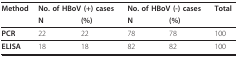
| Method | <COLSPAN=2> No. of HBoV (+) cases | <COLSPAN=2> No. of HBoV (-) cases | Total |
 |  | N | (%) | N | (%) |  |
 | --- | --- | --- | --- | --- | --- |
 | PCR | 22 | 22 | 78 | 78 | 100 |
 | ELISA | 18 | 18 | 82 | 82 | 100 |